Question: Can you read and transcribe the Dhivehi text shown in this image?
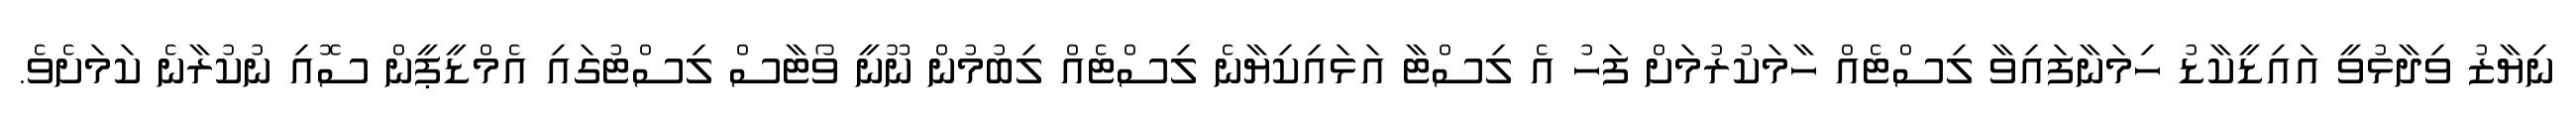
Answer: ނިޔާޒު ވިދާޅުވީ އައިޑީކާޑު ހިމަނާފައިވާ ލިސްޓެއް ހާމަކުރުމަށް ފަހު އެ ލިސްޓާ އަޅައިކިޔާނެ ލިސްޓެއް ލިބުމުން ނޫނީ ވޯޓާސް ލިސްޓުގައި އެމްޑީޕީން ސޮއި ނުކުރާނެ ކަމަށެވެ.